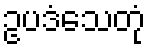
ဥပဒံသေတုံ